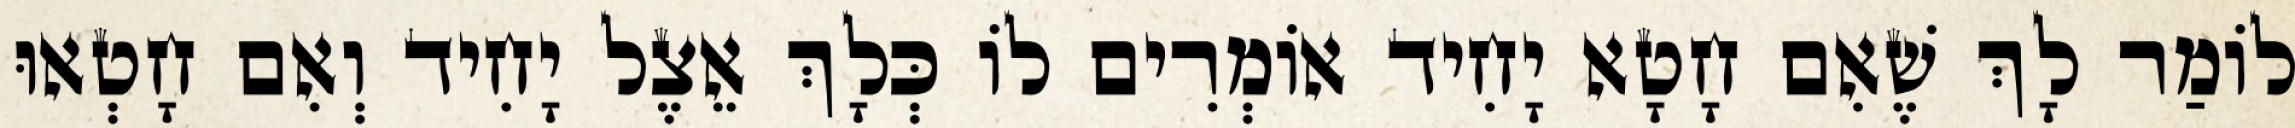
לוֹמַר לָךְ שֶׁאִם חָטָא יָחִיד אוֹמְרִים לוֹ כְּלָךְ אֵצֶל יָחִיד וְאִם חָטְאוּ